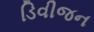
ડિવીજન